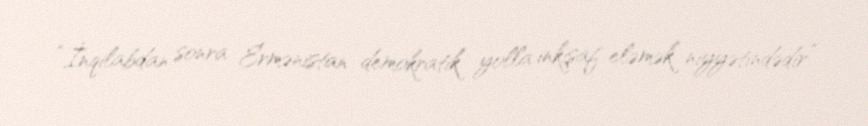
“İnqilabdan sonra Ermənistan demokratik yolla inkişaf eləmək niyyətindədir”